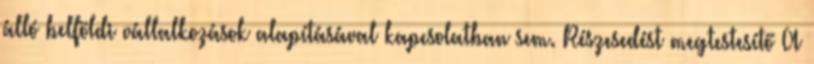
álló belföldi vállalkozások alapításával kapcsolatban sem. Részesedést megtestesítő A